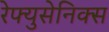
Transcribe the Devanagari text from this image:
रेफ्युसेनिक्स